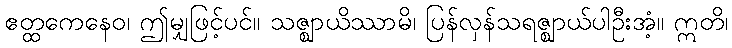
ဧတ္ထကေနေဝ၊ ဤမျှဖြင့်ပင်။ သဇ္ဈာယိဿာမိ၊ ပြန်လှန်သရဇ္ဈာယ်ပါဦးအံ့။ ဣတိ၊